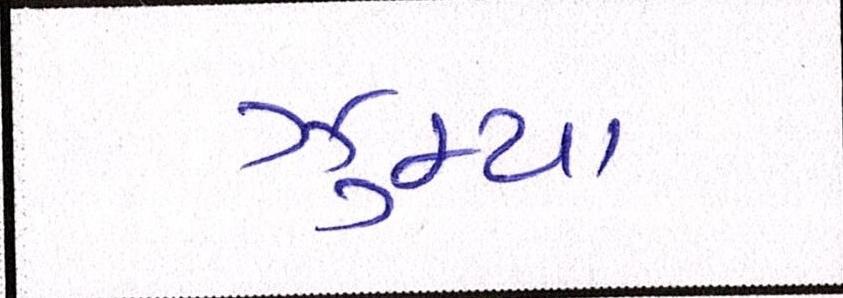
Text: ઝુમ્યા